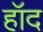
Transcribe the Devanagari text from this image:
हॉद